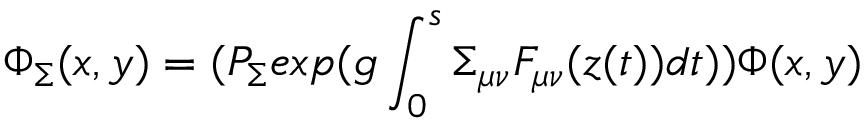
\Phi _ { \Sigma } ( x , y ) = ( P _ { \Sigma } e x p ( g \int _ { 0 } ^ { s } \Sigma _ { \mu \nu } F _ { \mu \nu } ( z ( t ) ) d t ) ) \Phi ( x , y )